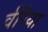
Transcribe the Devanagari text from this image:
वीरैया